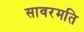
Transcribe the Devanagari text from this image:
सावरमति